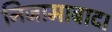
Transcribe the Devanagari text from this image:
निजामाबाद।